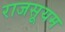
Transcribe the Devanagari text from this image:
राजसूयम